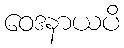
ဝေဒနာယပိ